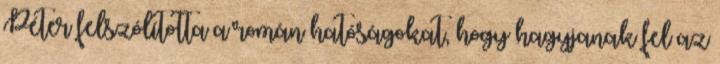
Péter felszólította a román hatóságokat, hogy hagyjanak fel az